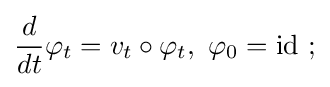
{\frac {d}{dt}}\varphi _{t}=v_{t}\circ \varphi _{t},\ \varphi _{0}={\rm {id}}\ ;